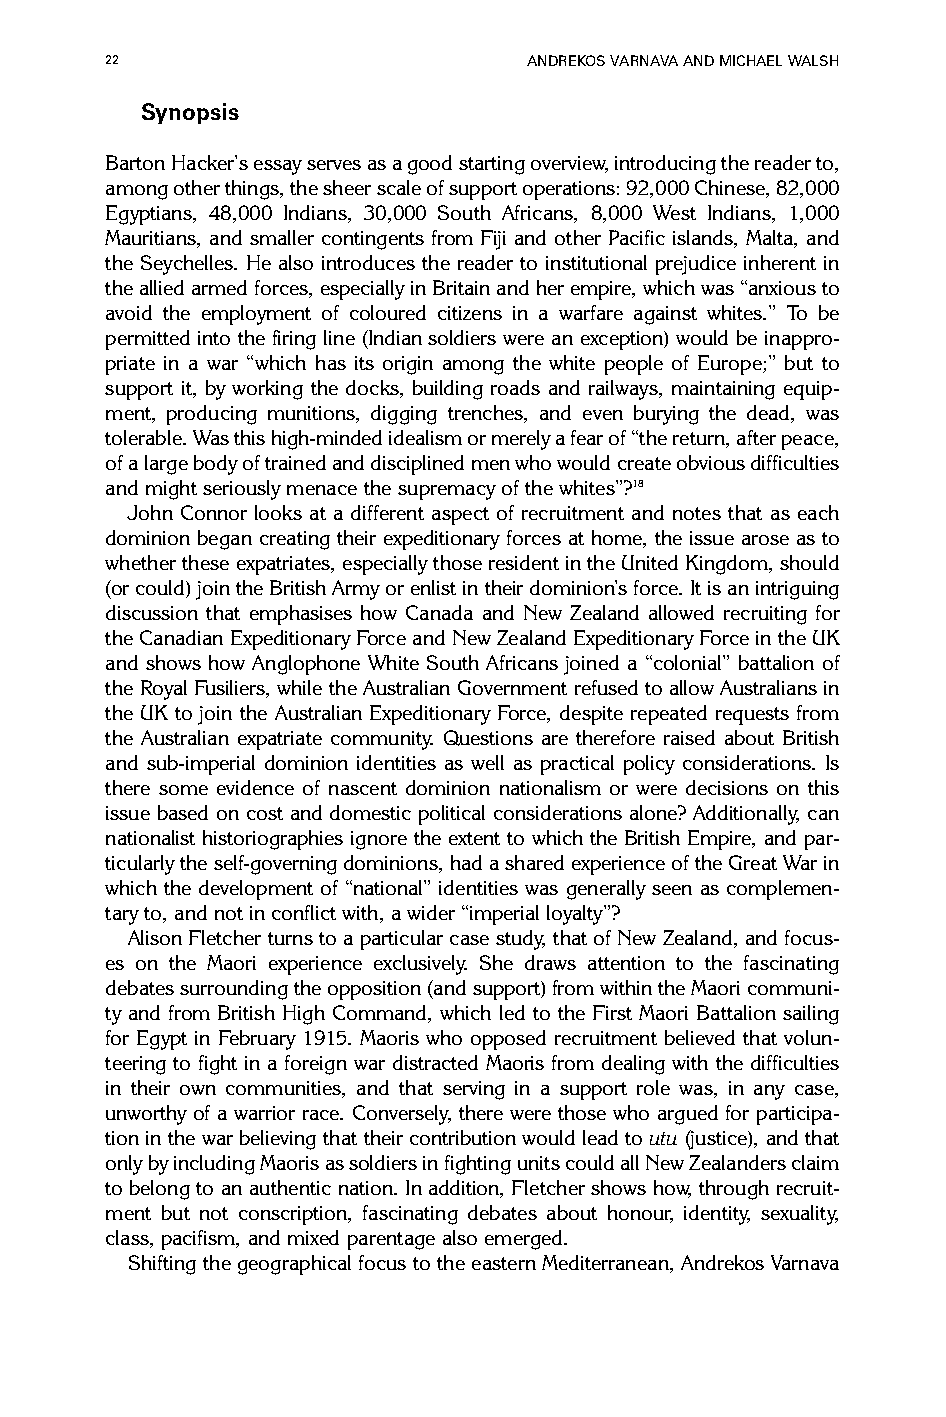
22                          ANDREKOS VARNAVA AND MICHAEL WALSH
 Synopsis
 Barton Hacker’s essay serves as a good starting overview, introducing the reader to,
 among other things, the sheer scale of support operations: 92,000 Chinese, 82,000
 Egyptians, 48,000 Indians, 30,000 South Africans, 8,000 West Indians, 1,000
 Mauritians, and smaller contingents from Fiji and other Pacific islands, Malta, and
 the Seychelles. He also introduces the reader to institutional prejudice inherent in
 the allied armed forces, especially in Britain and her empire, which was “anxious to
 avoid the employment of coloured citizens in a warfare against whites.” To be
 permitted into the firing line (Indian soldiers were an exception) would be inappro-
 priate in a war “which has its origin among the white people of Europe;” but to
 support it, by working the docks, building roads and railways, maintaining equip-
 ment, producing munitions, digging trenches, and even burying the dead, was
 tolerable. Was this high-minded idealism or merely a fear of “the return, after peace,
 of a large body of trained and disciplined men who would create obvious difficulties
 and might seriously menace the supremacy of the whites”?18
 John Connor looks at a different aspect of recruitment and notes that as each
 dominion began creating their expeditionary forces at home, the issue arose as to
 whether these expatriates, especially those resident in the United Kingdom, should
 (or could) join the British Army or enlist in their dominion’s force. It is an intriguing
 discussion that emphasises how Canada and New Zealand allowed recruiting for
 the Canadian Expeditionary Force and New Zealand Expeditionary Force in the UK
 and shows how Anglophone White South Africans joined a “colonial” battalion of
 the Royal Fusiliers, while the Australian Government refused to allow Australians in
 the UK to join the Australian Expeditionary Force, despite repeated requests from
 the Australian expatriate community. Questions are therefore raised about British
 and sub-imperial dominion identities as well as practical policy considerations. Is
 there some evidence of nascent dominion nationalism or were decisions on this
 issue based on cost and domestic political considerations alone? Additionally, can
 nationalist historiographies ignore the extent to which the British Empire, and par-
 ticularly the self-governing dominions, had a shared experience of the Great War in
 which the development of “national” identities was generally seen as complemen-
 tary to, and not in conflict with, a wider “imperial loyalty”?
 Alison Fletcher turns to a particular case study, that of New Zealand, and focus-
 es on the Maori experience exclusively. She draws attention to the fascinating
 debates surrounding the opposition (and support) from within the Maori communi-
 ty and from British High Command, which led to the First Maori Battalion sailing
 for Egypt in February 1915. Maoris who opposed recruitment believed that volun-
 teering to fight in a foreign war distracted Maoris from dealing with the difficulties
 in their own communities, and that serving in a support role was, in any case,
 unworthy of a warrior race. Conversely, there were those who argued for participa-
 tion in the war believing that their contribution would lead to utu (justice), and that
 only by including Maoris as soldiers in fighting units could all New Zealanders claim
 to belong to an authentic nation. In addition, Fletcher shows how, through recruit-
 ment but not conscription, fascinating debates about honour, identity, sexuality,
 class, pacifism, and mixed parentage also emerged.
 Shifting the geographical focus to the eastern Mediterranean, Andrekos Varnava